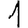
Digit: 1